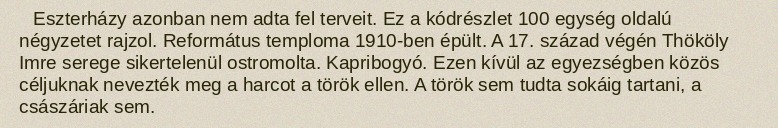
Eszterházy azonban nem adta fel terveit. Ez a kódrészlet 100 egység oldalú négyzetet rajzol. Református temploma 1910-ben épült. A 17. század végén Thököly Imre serege sikertelenül ostromolta. Kapribogyó. Ezen kívül az egyezségben közös céljuknak nevezték meg a harcot a török ellen. A török sem tudta sokáig tartani, a császáriak sem.